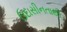
ઉદાસીનતાથી